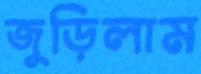
জুড়িলাম